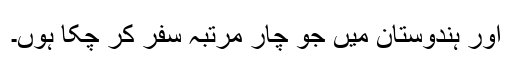
اور ہندوستان میں جو چار مرتبہ سفر کر چکا ہُوں۔